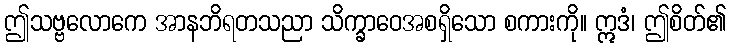
ဤသဗ္ဗလောကေ အာနဘိရတသညာ သိက္ခာဝေအစရှိသော စကားကို။ ဣဒံ၊ ဤစိတ်၏